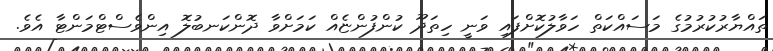
ތައްޔާރުކުރުމުގެ މަސައްކަތް ހަވާލުކޮށްފައި ވަނީ ހިތަދޫ ކުންފުންޏެއް ކަމަށްވާ ދޮންކަނބުލޮ އިންވެސްޓްމަންޓާ އެވެ.